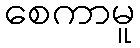
စေကာမူ